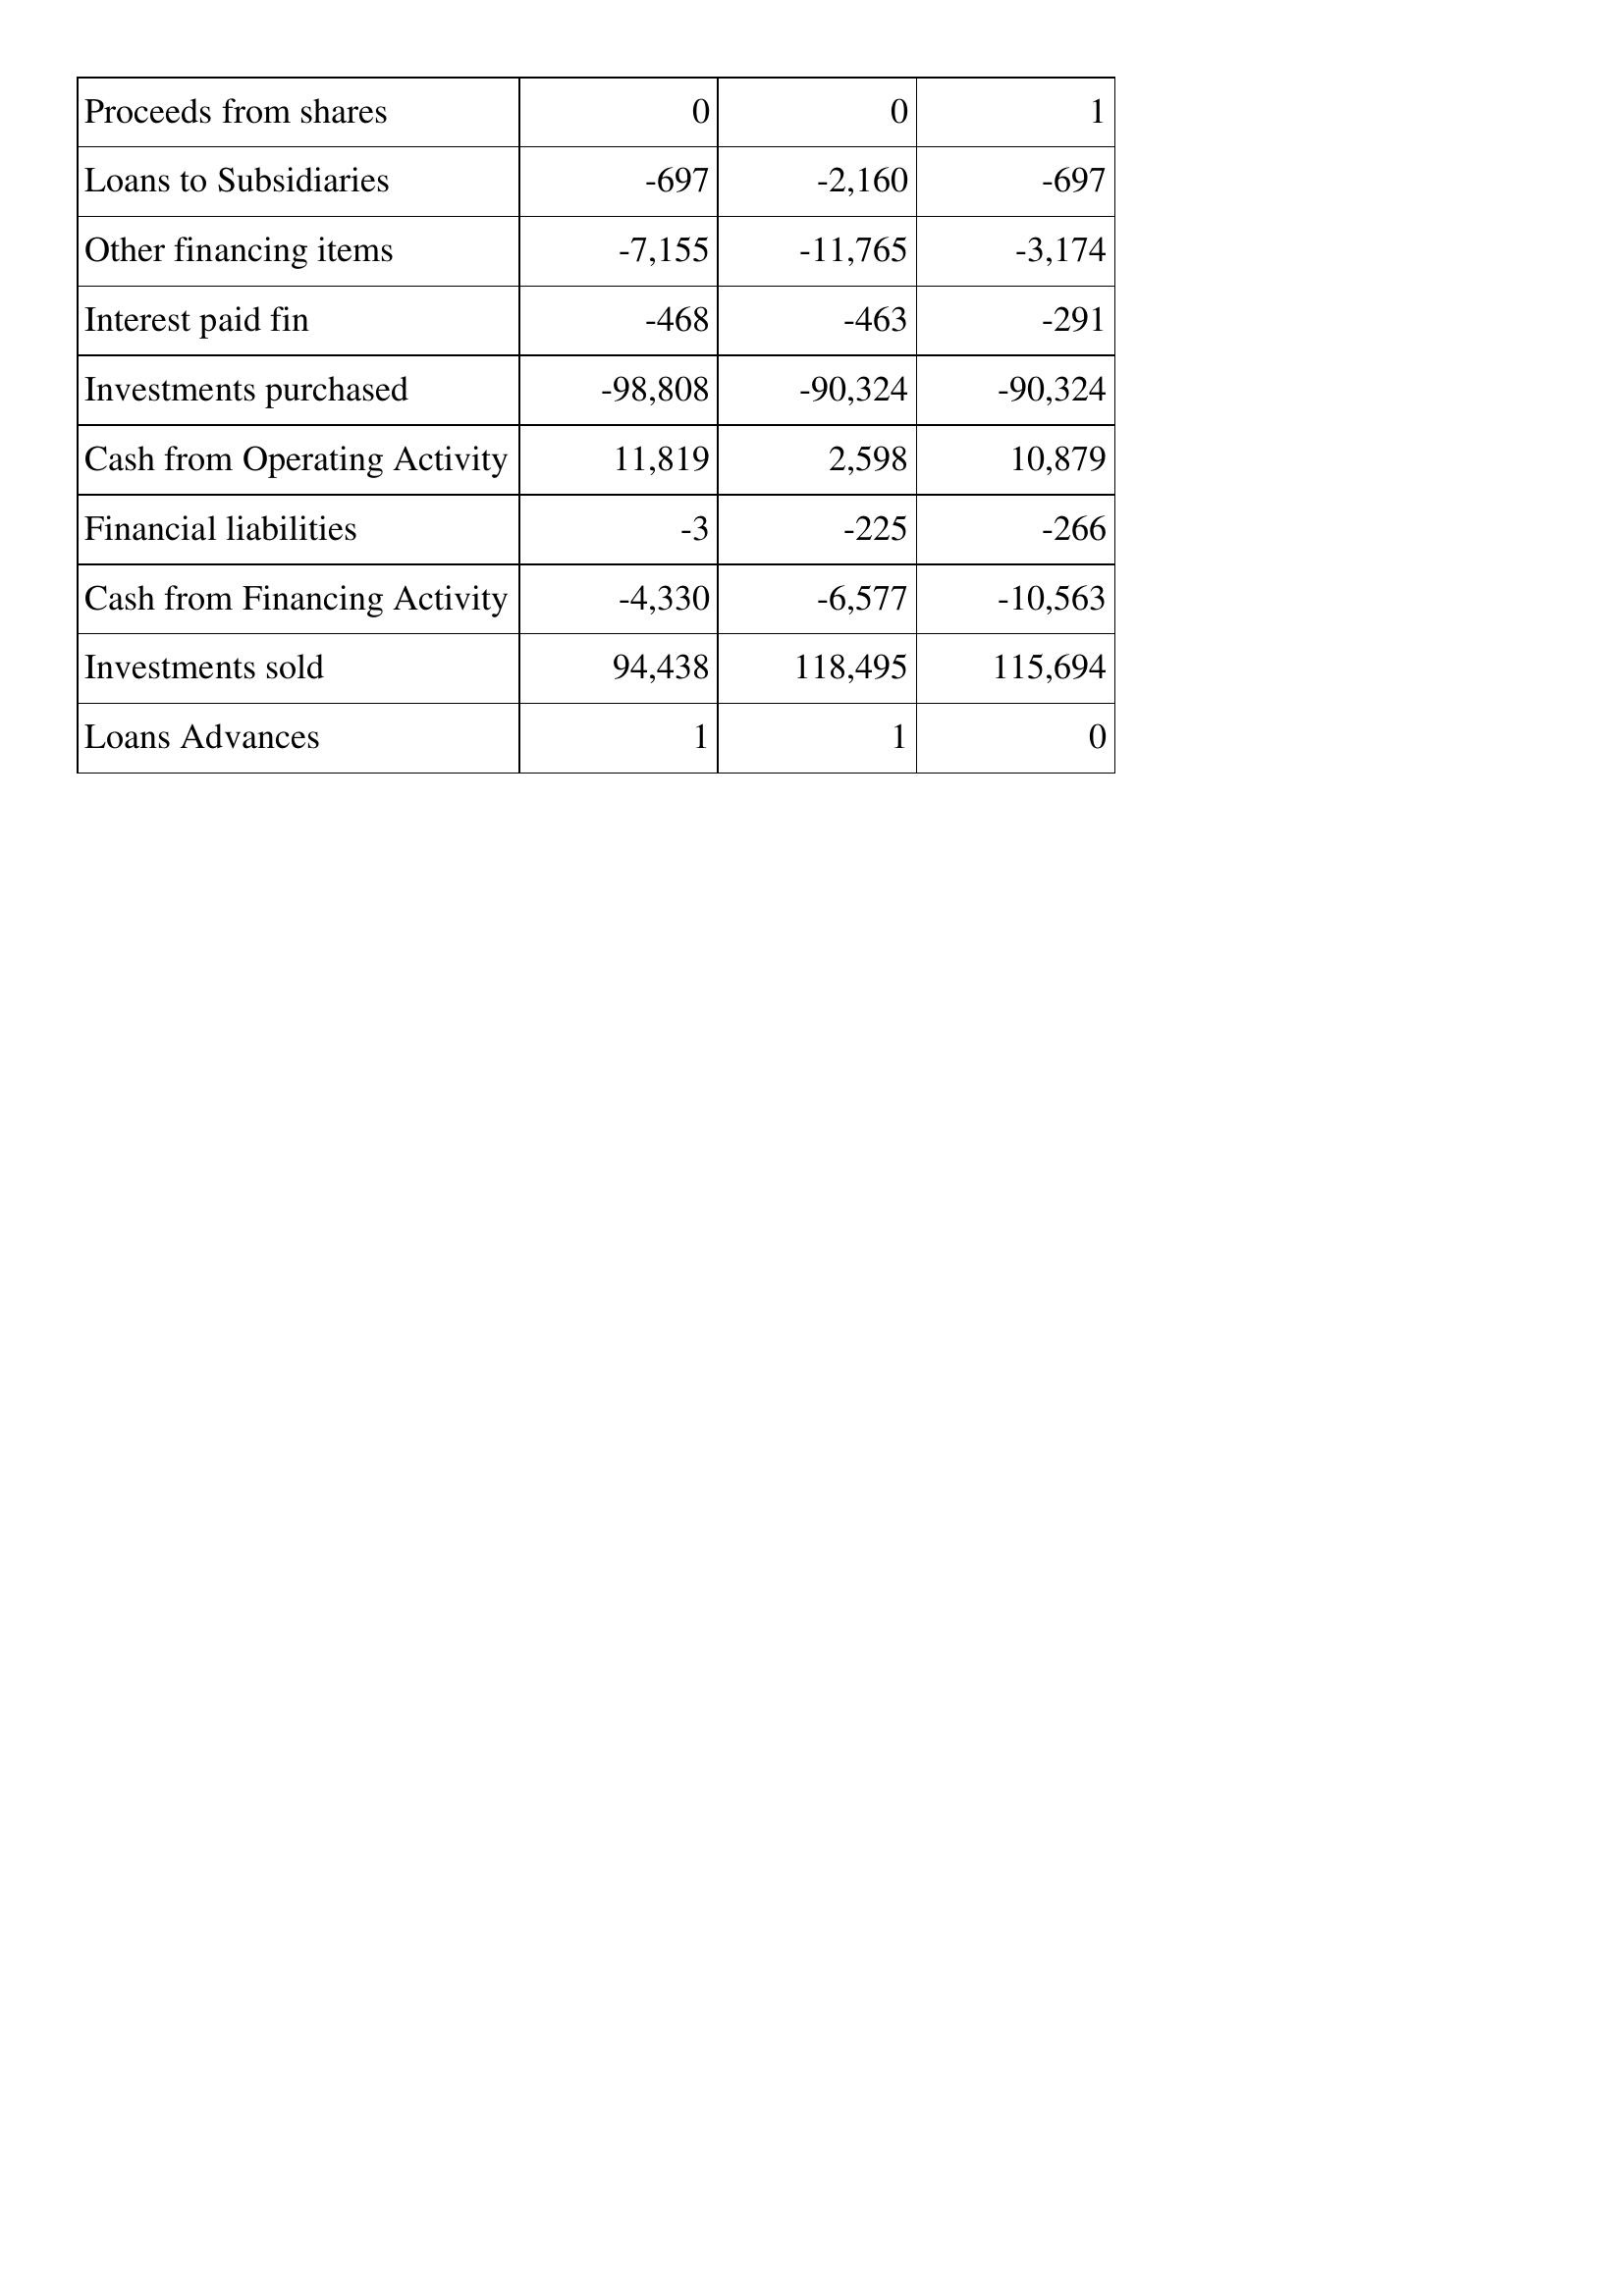
Dec-14: Cash Flows: Proceeds from shares: 0
Loans to Subsidiaries: -697
Other financing items: -7,155
Interest paid fin: -468
Investments purchased: -98,808
Cash from Operating Activity: 11,819
Financial liabilities: -3
Cash from Financing Activity: -4,330
Investments sold: 94,438
Loans Advances: 1
Dec-13: Cash Flows: Proceeds from shares: 0
Loans to Subsidiaries: -2,160
Other financing items: -11,765
Interest paid fin: -463
Investments purchased: -90,324
Cash from Operating Activity: 2,598
Financial liabilities: -225
Cash from Financing Activity: -6,577
Investments sold: 118,495
Loans Advances: 1
Dec-12: Cash Flows: Proceeds from shares: 1
Loans to Subsidiaries: -697
Other financing items: -3,174
Interest paid fin: -291
Investments purchased: -90,324
Cash from Operating Activity: 10,879
Financial liabilities: -266
Cash from Financing Activity: -10,563
Investments sold: 115,694
Loans Advances: 0